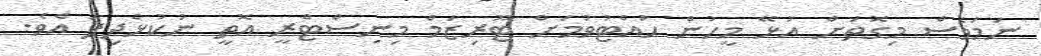
ނަމަވެސް މިގޮތަށް އުޅޭ މީހުން ހުއްޓުވުމަށް ޓޫރިޒަމް މިނިސްޓްރީ އޮތީ ނުކުޅެދިފަ އެވެ.